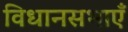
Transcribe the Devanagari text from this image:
विधानसभाएँ